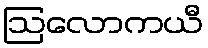
ဩလောကယီ